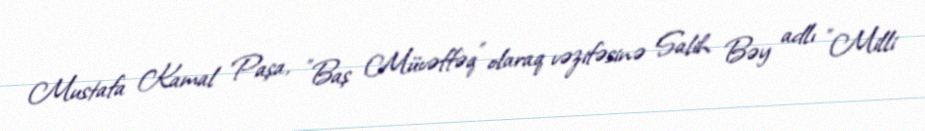
Mustafa Kamal Paşa, "Baş Müvəffəq" olaraq vəzifəsinə Salih Bəy adlı "Milli